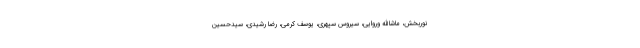
نوربخش، ماشاالله وروایی، سیروس سپهری، یوسف کرمی، رضا رشیدی، سیدحسین